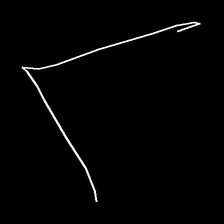
Glyph: region